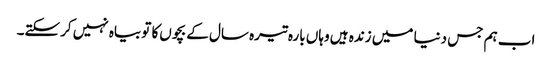
اب ہم جس دنیا میں‌ زندہ ہیں‌ وہاں‌ بارہ تیرہ سال کے بچوں‌کا تو بیاہ نہیں‌ کرسکتے۔